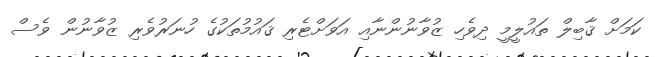
ކަމަށް ޤާބިލް ތައުލީމީ ދިވެހި ޒުވާނުންނާއި އަވަށްޓެރި ޤައުމުތަކުގެ ހުނަރުވެރި ޒުވާނުން ވެސް